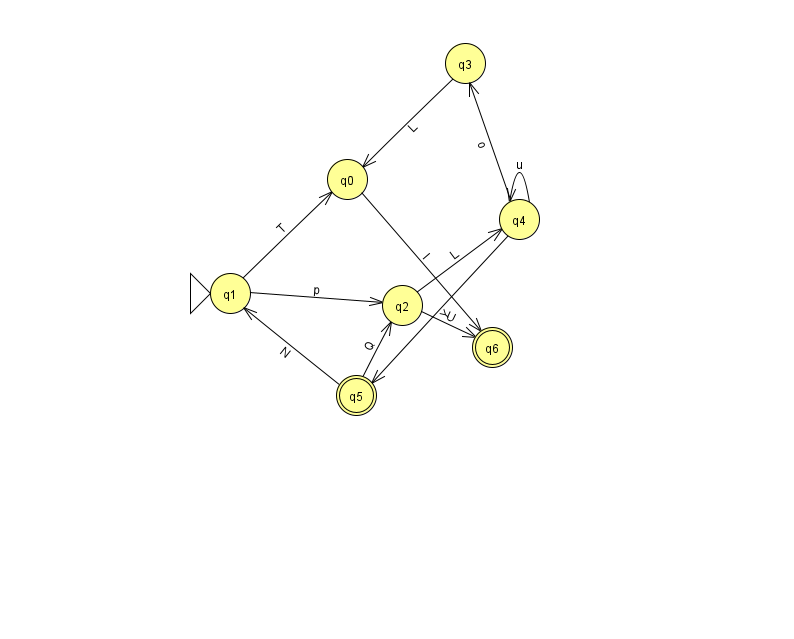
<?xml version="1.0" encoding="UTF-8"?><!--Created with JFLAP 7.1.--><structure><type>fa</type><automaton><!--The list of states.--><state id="0" name="q0"><x>347.0</x><y>166.0</y></state><state id="1" name="q1"><x>230.0</x><y>280.0</y><initial/></state><state id="2" name="q2"><x>402.0</x><y>292.0</y></state><state id="3" name="q3"><x>465.0</x><y>50.0</y></state><state id="4" name="q4"><x>519.0</x><y>206.0</y></state><state id="5" name="q5"><x>356.0</x><y>382.0</y><final/></state><state id="6" name="q6"><x>492.0</x><y>334.0</y><final/></state><!--The list of transitions.--><transition><from>4</from><to>5</to><read>Y</read></transition><transition><from>2</from><to>6</to><read>U</read></transition><transition><from>4</from><to>4</to><read>u</read></transition><transition><from>0</from><to>6</to><read>l</read></transition><transition><from>2</from><to>4</to><read>L</read></transition><transition><from>1</from><to>0</to><read>T</read></transition><transition><from>1</from><to>2</to><read>p</read></transition><transition><from>4</from><to>3</to><read>o</read></transition><transition><from>5</from><to>1</to><read>N</read></transition><transition><from>3</from><to>0</to><read>L</read></transition><transition><from>5</from><to>2</to><read>Q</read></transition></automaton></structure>